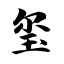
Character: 玺